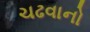
ચઢવાનો